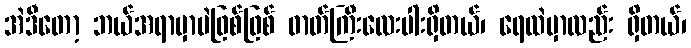
အဲဒီတော့ ဘယ်အရာမှာပဲဖြစ်ဖြစ် ဓာတ်ကြီးလေးပါးရှိတယ်၊ ရေထဲမှာလည်း ရှိတယ်၊